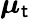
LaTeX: {\boldsymbol{\mu}}_{\mathsf{t}}